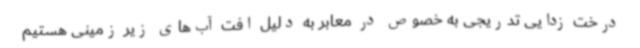
درخت زدایی تدریجی به خصوص در معابر به دلیل افت آب‌های زیر زمینی هستیم